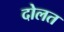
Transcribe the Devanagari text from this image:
दोलत